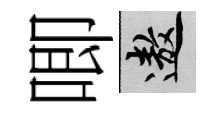
唧遨